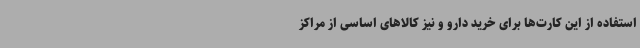
استفاده از این کارت‌ها برای خرید دارو و نیز کالاهای اساسی از مراکز